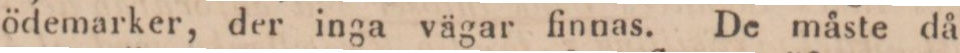
ödemarker, der inga vägar finnas. De måste då